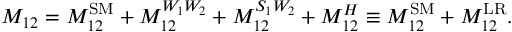
M _ { 1 2 } = M _ { 1 2 } ^ { \mathrm { S M } } + M _ { 1 2 } ^ { W _ { 1 } W _ { 2 } } + M _ { 1 2 } ^ { S _ { 1 } W _ { 2 } } + M _ { 1 2 } ^ { H } \equiv M _ { 1 2 } ^ { \mathrm { S M } } + M _ { 1 2 } ^ { \mathrm { L R } } . \nonumber